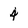
Character: 4